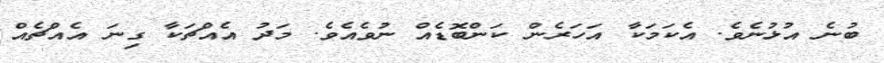
ބުނެ އުޅުނެވެ. އެކަމަކާ އަހަރެން ކަންބޮޑެއް ނުވެއެވެ. މަދު އެއްޗަކާ ގިނަ އެއްޗެއް